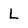
Character: L